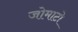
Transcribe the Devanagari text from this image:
जोमाटो